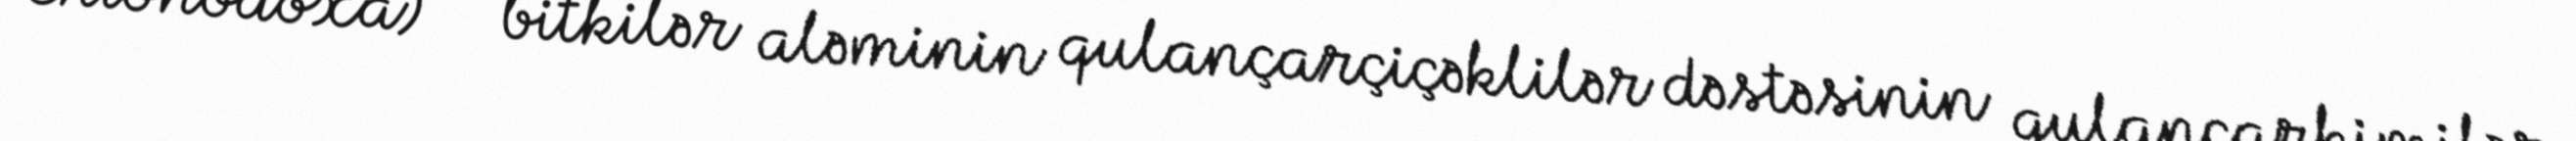
Chionodoxa) — bitkilər aləminin qulançarçiçəklilər dəstəsinin qulançarkimilər